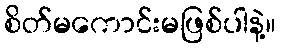
စိတ်မကောင်းမဖြစ်ပါနဲ့။